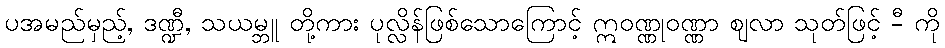
ပအမည်မှည့်, ဒဏ္ဍီ, သယမ္ဘူ တို့ကား ပုလ္လိန်ဖြစ်သောကြောင့် ဣဝဏ္ဏုဝဏ္ဏာ ဈလာ သုတ်ဖြင့် -ီ ကို